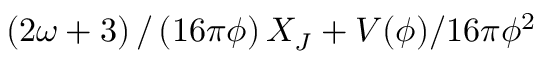
\left( { 2 \omega + 3 } \right) / \left( { 1 6 \pi \phi } \right) X _ { J } + { V ( \phi ) } / { 1 6 \pi \phi ^ { 2 } }